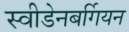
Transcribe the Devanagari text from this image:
स्वीडेनबर्गियन